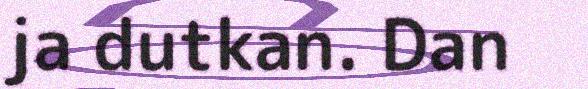
ja dutkan. Dan